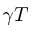
\gamma T